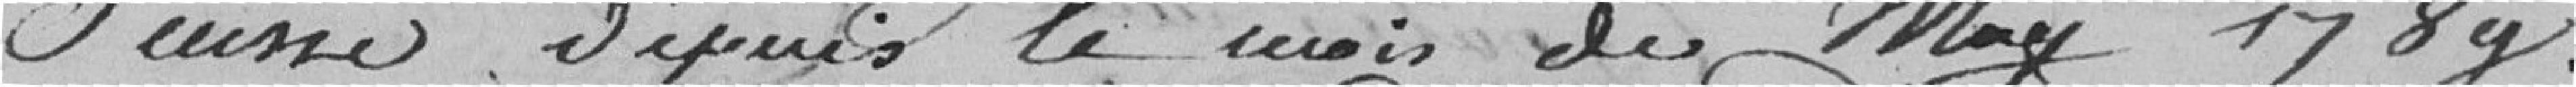
Suisse, depuis le mois de may 1789